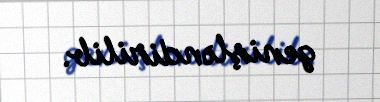
genişləndirilib.